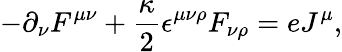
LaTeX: -\partial_{\nu}F^{\mu\nu}+\frac{\kappa}{2}{\epsilon}^{\mu\nu\rho}F_{\nu\rho}=eJ^{\mu},